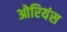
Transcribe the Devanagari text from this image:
ओरियंस